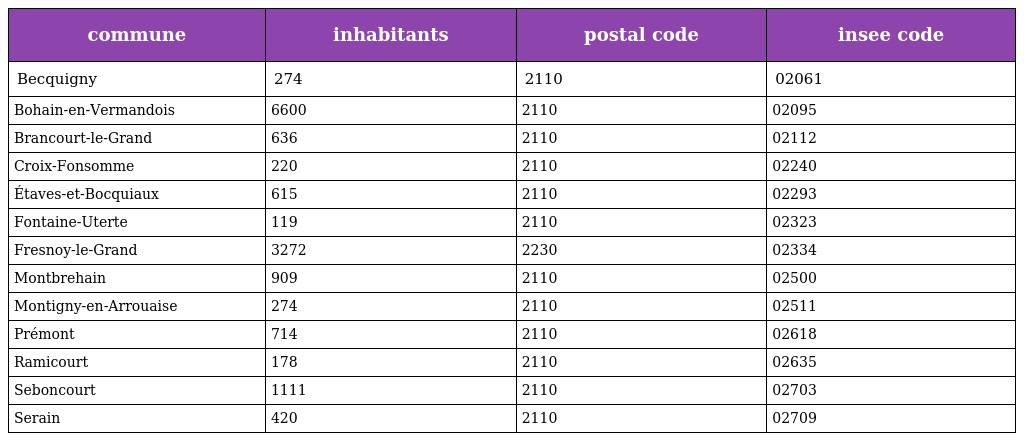
| commune | inhabitants | postal code | insee code |
 | --- | --- | --- | --- |
 | Becquigny | 274 | 2110 | 02061 |
 | Bohain-en-Vermandois | 6600 | 2110 | 02095 |
 | Brancourt-le-Grand | 636 | 2110 | 02112 |
 | Croix-Fonsomme | 220 | 2110 | 02240 |
 | Étaves-et-Bocquiaux | 615 | 2110 | 02293 |
 | Fontaine-Uterte | 119 | 2110 | 02323 |
 | Fresnoy-le-Grand | 3272 | 2230 | 02334 |
 | Montbrehain | 909 | 2110 | 02500 |
 | Montigny-en-Arrouaise | 274 | 2110 | 02511 |
 | Prémont | 714 | 2110 | 02618 |
 | Ramicourt | 178 | 2110 | 02635 |
 | Seboncourt | 1111 | 2110 | 02703 |
 | Serain | 420 | 2110 | 02709 |